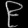
Digit: ၉